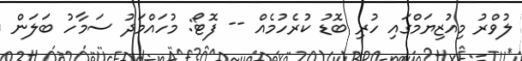
ލުވްރު މިއުޒިޔަމްގައި ހުރި ބޮޑު ކުރެހުމެއް -- ފޮޓޯ: މުހައްމަދު ސަމާހު ބަލަން